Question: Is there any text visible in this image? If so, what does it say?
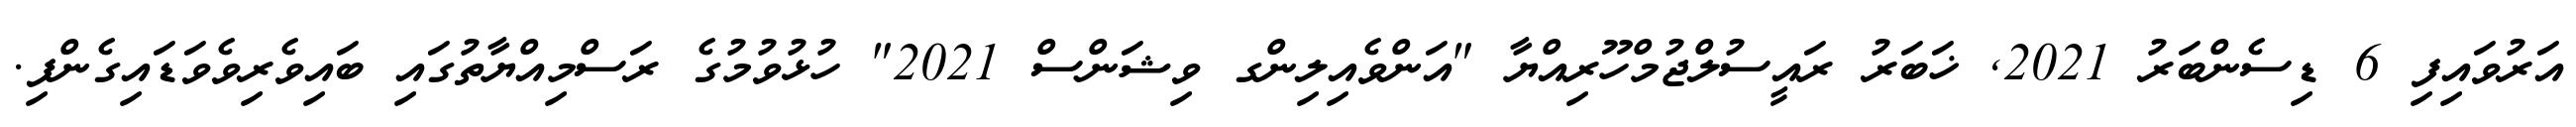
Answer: އަރުވައިފި 6 ޑިސެންބަރު 2021, ޚަބަރު ރައީސުލްޖުމްހޫރިއްޔާ "އަންވެއިލިންގ ވިޝަންސް 2021" ހުޅުވުމުގެ ރަސްމިއްޔާތުގައި ބައިވެރިވެވަޑައިގެންފި.